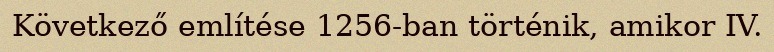
Következő említése 1256-ban történik, amikor IV.